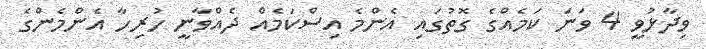
ވިދާޅުވީ 4 ވަނަ ކަމެއްގެ ގޮތުގައި އެންމެ އިސްކަމެއް ދެއްވާނީ ހުރިހާ އެންމެންގެ